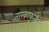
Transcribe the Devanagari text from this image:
तारकाकृतीने